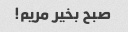
صبح بخیر مریم!